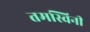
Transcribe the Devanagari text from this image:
तमस्विनी